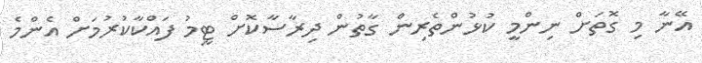
އޭނާ މި ގޮތަށް ނިންމީ ކުޅުންތެރިން ގާތުން ދިރާސާކޮށް ޓީމު ފައްކާކުރުމަށް އެންމެ